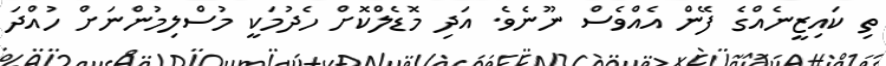
ތި ކައިޒީނެއްގެ ފޭން އެއްވެސް ނޫނެވެ. އަދި މޮޑެލްކޮށް ހެދުމަކީ މުސްލިމުންނަށް ހުއްދަ